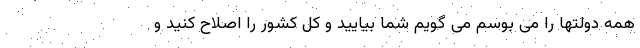
همه دولتها را می بوسم می گویم شما بیایید و کل کشور را اصلاح کنید و